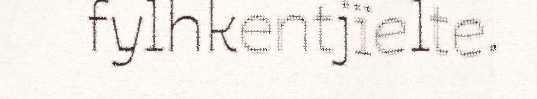
fylhkentjïelte.